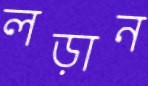
লড়ান